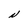
Character: N